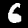
Digit: 6